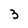
Character: 3